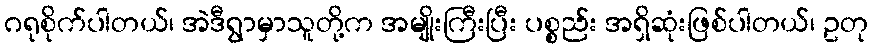
ဂရုစိုက်ပါတယ်၊ အဲဒီရွာမှာသူတို့က အမျိုးကြီးပြီး ပစ္စည်း အရှိဆုံးဖြစ်ပါတယ်၊ ဥတု